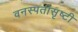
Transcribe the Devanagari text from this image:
वनस्पतीसृष्टी